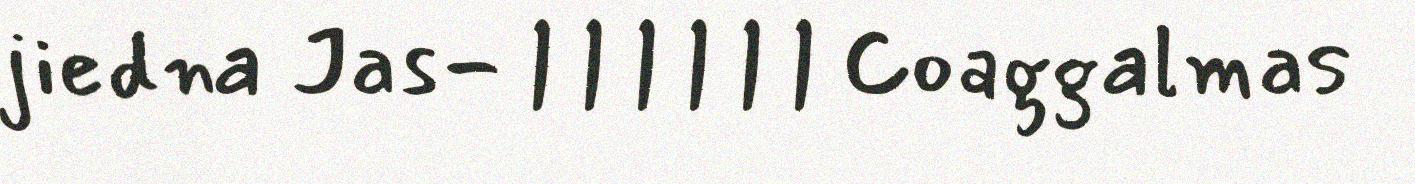
jiedna Jas- | | | | | | Coaggalmas